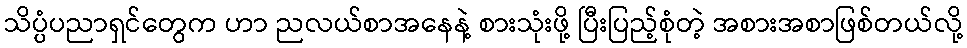
သိပ္ပံပညာရှင်တွေက ဟာ ညလယ်စာအနေနဲ့ စားသုံးဖို့ ပြီးပြည့်စုံတဲ့ အစားအစာဖြစ်တယ်လို့